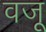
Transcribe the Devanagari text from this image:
वजू